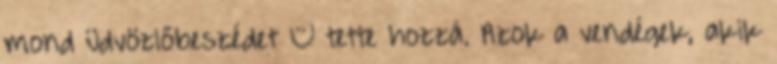
mond üdvözlőbeszédet – tette hozzá. Azok a vendégek, akik